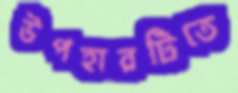
উপহারটিতে